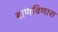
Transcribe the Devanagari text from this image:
बाणविणारा